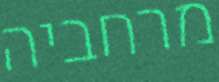
מרחביה